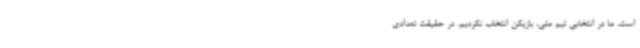
است، ما در انتخابی تیم ملی، بازیکن انتخاب نکردیم. در حقیقت تعدادی